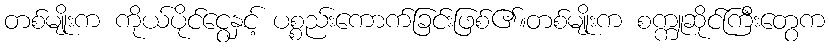
တစ်မျိုးက ကိုယ်ပိုင်ငွေနှင့် ပစ္စည်းကောက်ခြင်းဖြစ်၏။တစ်မျိုးက စက္ကူဆိုင်ကြီးတွေက